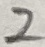
Text: 2